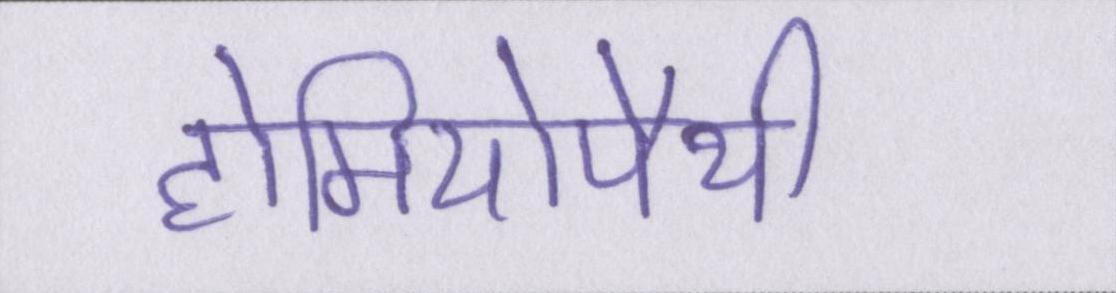
होमियोपैथी